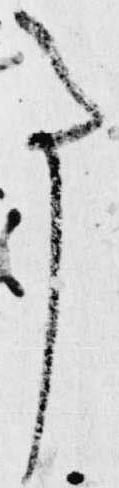
事